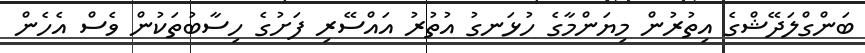
ބަންގްލަދޭޝްގެ އިތުރުން މިޔަންމާގެ ހުޅަނގު އުތުރު އައްސޭރި ފަށުގެ ހިސާބުތަކުން ވެސް އެހެން